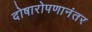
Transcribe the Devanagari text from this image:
दोषारोपणानंतर